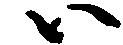
ハ